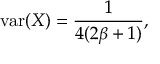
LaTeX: \operatorname { v a r } ( X ) = { \frac { 1 } { 4 ( 2 \beta + 1 ) } } ,